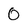
Character: 0